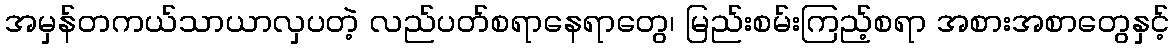
အမှန်တကယ်သာယာလှပတဲ့ လည်ပတ်စရာနေရာတွေ၊ မြည်းစမ်းကြည့်စရာ အစားအစာတွေနှင့်